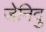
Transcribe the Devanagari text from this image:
जेनिदु